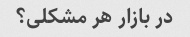
در بازار هر مشکلی؟